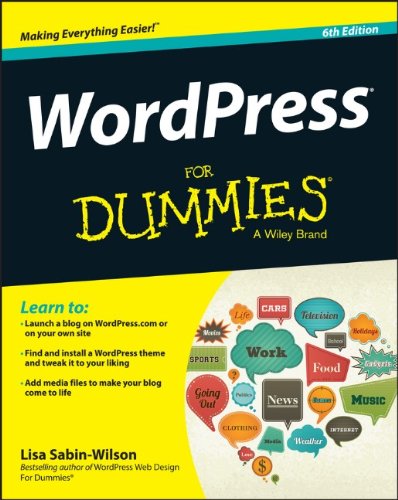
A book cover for WordPress For Dummies; Lisa Sabin-Wilson; Computers & Technology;